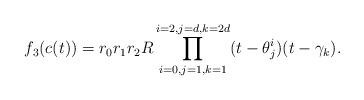
LaTeX: \begin{align*} f_3 (c(t))=r_0r_1 r_{2} R \prod_{i=0, j=1, k=1}^{i={2}, j=d, k=2d }(t-\theta_j^i)(t-\gamma_k).\end{align*}